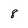
Character: 8